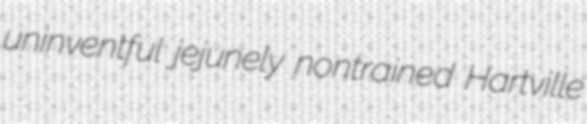
uninventful jejunely nontrained Hartville